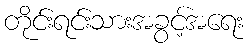
တိုင်းရင်းသားအခွင့်အရေး